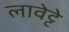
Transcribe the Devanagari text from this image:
लावेट्टे